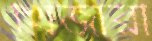
খিজারী